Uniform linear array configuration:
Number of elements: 24
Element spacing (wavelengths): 0.75
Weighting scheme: cosine
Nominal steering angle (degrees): -15
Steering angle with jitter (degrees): -15.676
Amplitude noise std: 0.05
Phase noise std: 0.05

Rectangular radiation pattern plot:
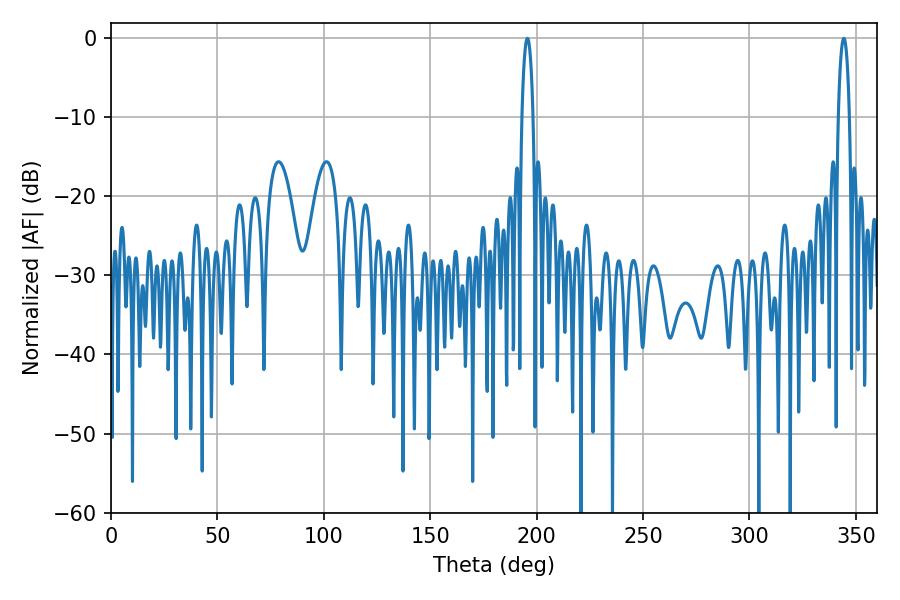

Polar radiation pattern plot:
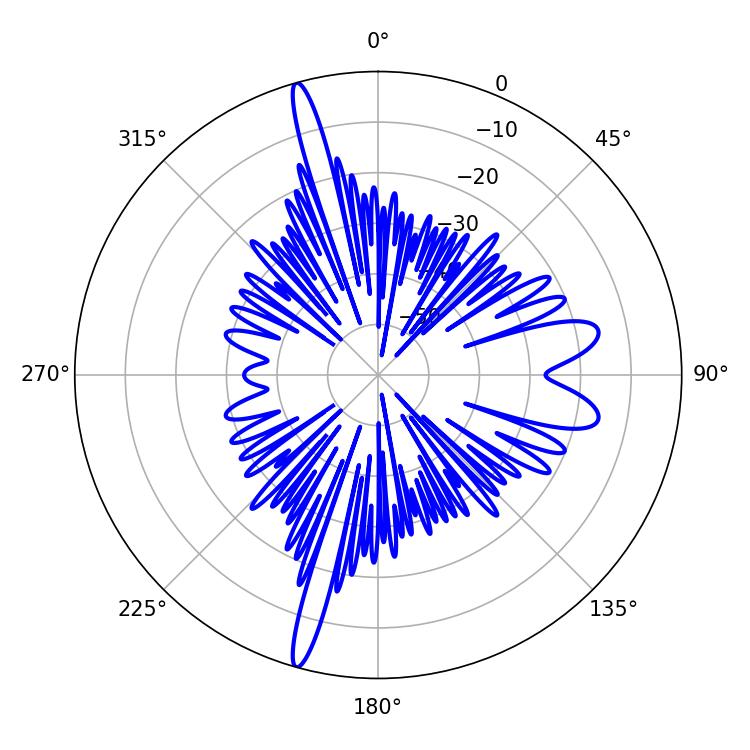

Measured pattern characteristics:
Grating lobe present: TRUE
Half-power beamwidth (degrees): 2.88
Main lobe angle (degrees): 195.66